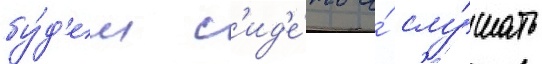
бу́д'ем с'ид'е́ть и́ слу́шать